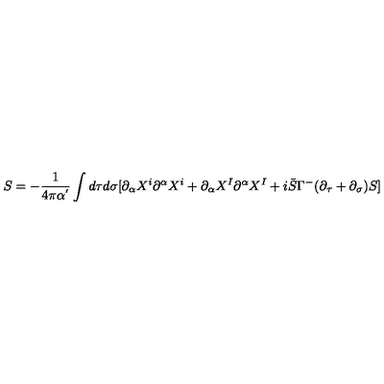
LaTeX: S = - \frac { 1 } { 4 \pi \alpha ^ { ' } } \int d \tau d \sigma [ \partial _ { \alpha } X ^ { i } \partial ^ { \alpha } X ^ { i } + \partial _ { \alpha } X ^ { I } \partial ^ { \alpha } X ^ { I } + i \bar { S } \Gamma ^ { - } ( \partial _ { \tau } + \partial _ { \sigma } ) S ]